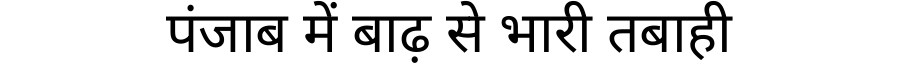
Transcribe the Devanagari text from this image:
पंजाब में बाढ़ से भारी तबाही